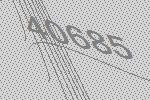
40685